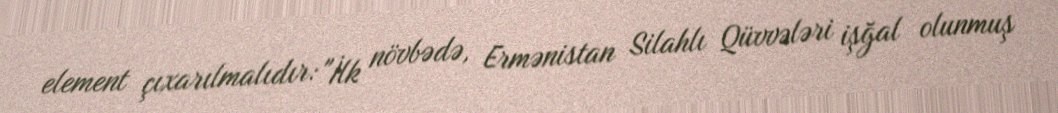
element çıxarılmalıdır: "İlk növbədə, Ermənistan Silahlı Qüvvələri işğal olunmuş